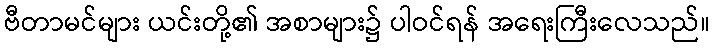
ဗီတာမင်များ ယင်းတို့၏ အစာများ၌ ပါဝင်ရန် အရေးကြီးလေသည်။